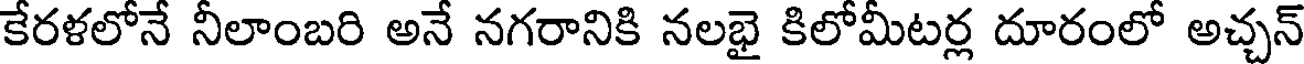
కేరళలోనే నీలాంబరి అనే నగరానికి నలభై కిలోమీటర్ల దూరంలో అచ్చన్